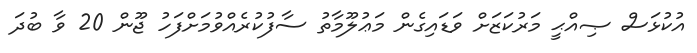
އުކުޅަސް ޞިއްޙީ މަރުކަޒަށް ވަޑައިގެން މަޢުލޫމާތު ސާފުކުރެއްވުމަށްފަހު ޖޫން 20 ވާ ބުދަ